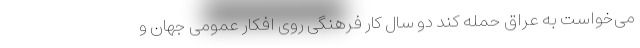
می‌خواست به عراق حمله کند دو سال کار فرهنگی روی افکار عمومی جهان و